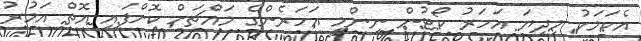
އެކަމަކު މިދިޔަ އަހަރު ކޯޓުން ނިންމީ އަހަރެންގެ މައްޗަށް ކޮށްފައި އޮތް އަމުރު